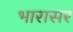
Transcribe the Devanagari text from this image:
भारासर